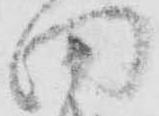
田